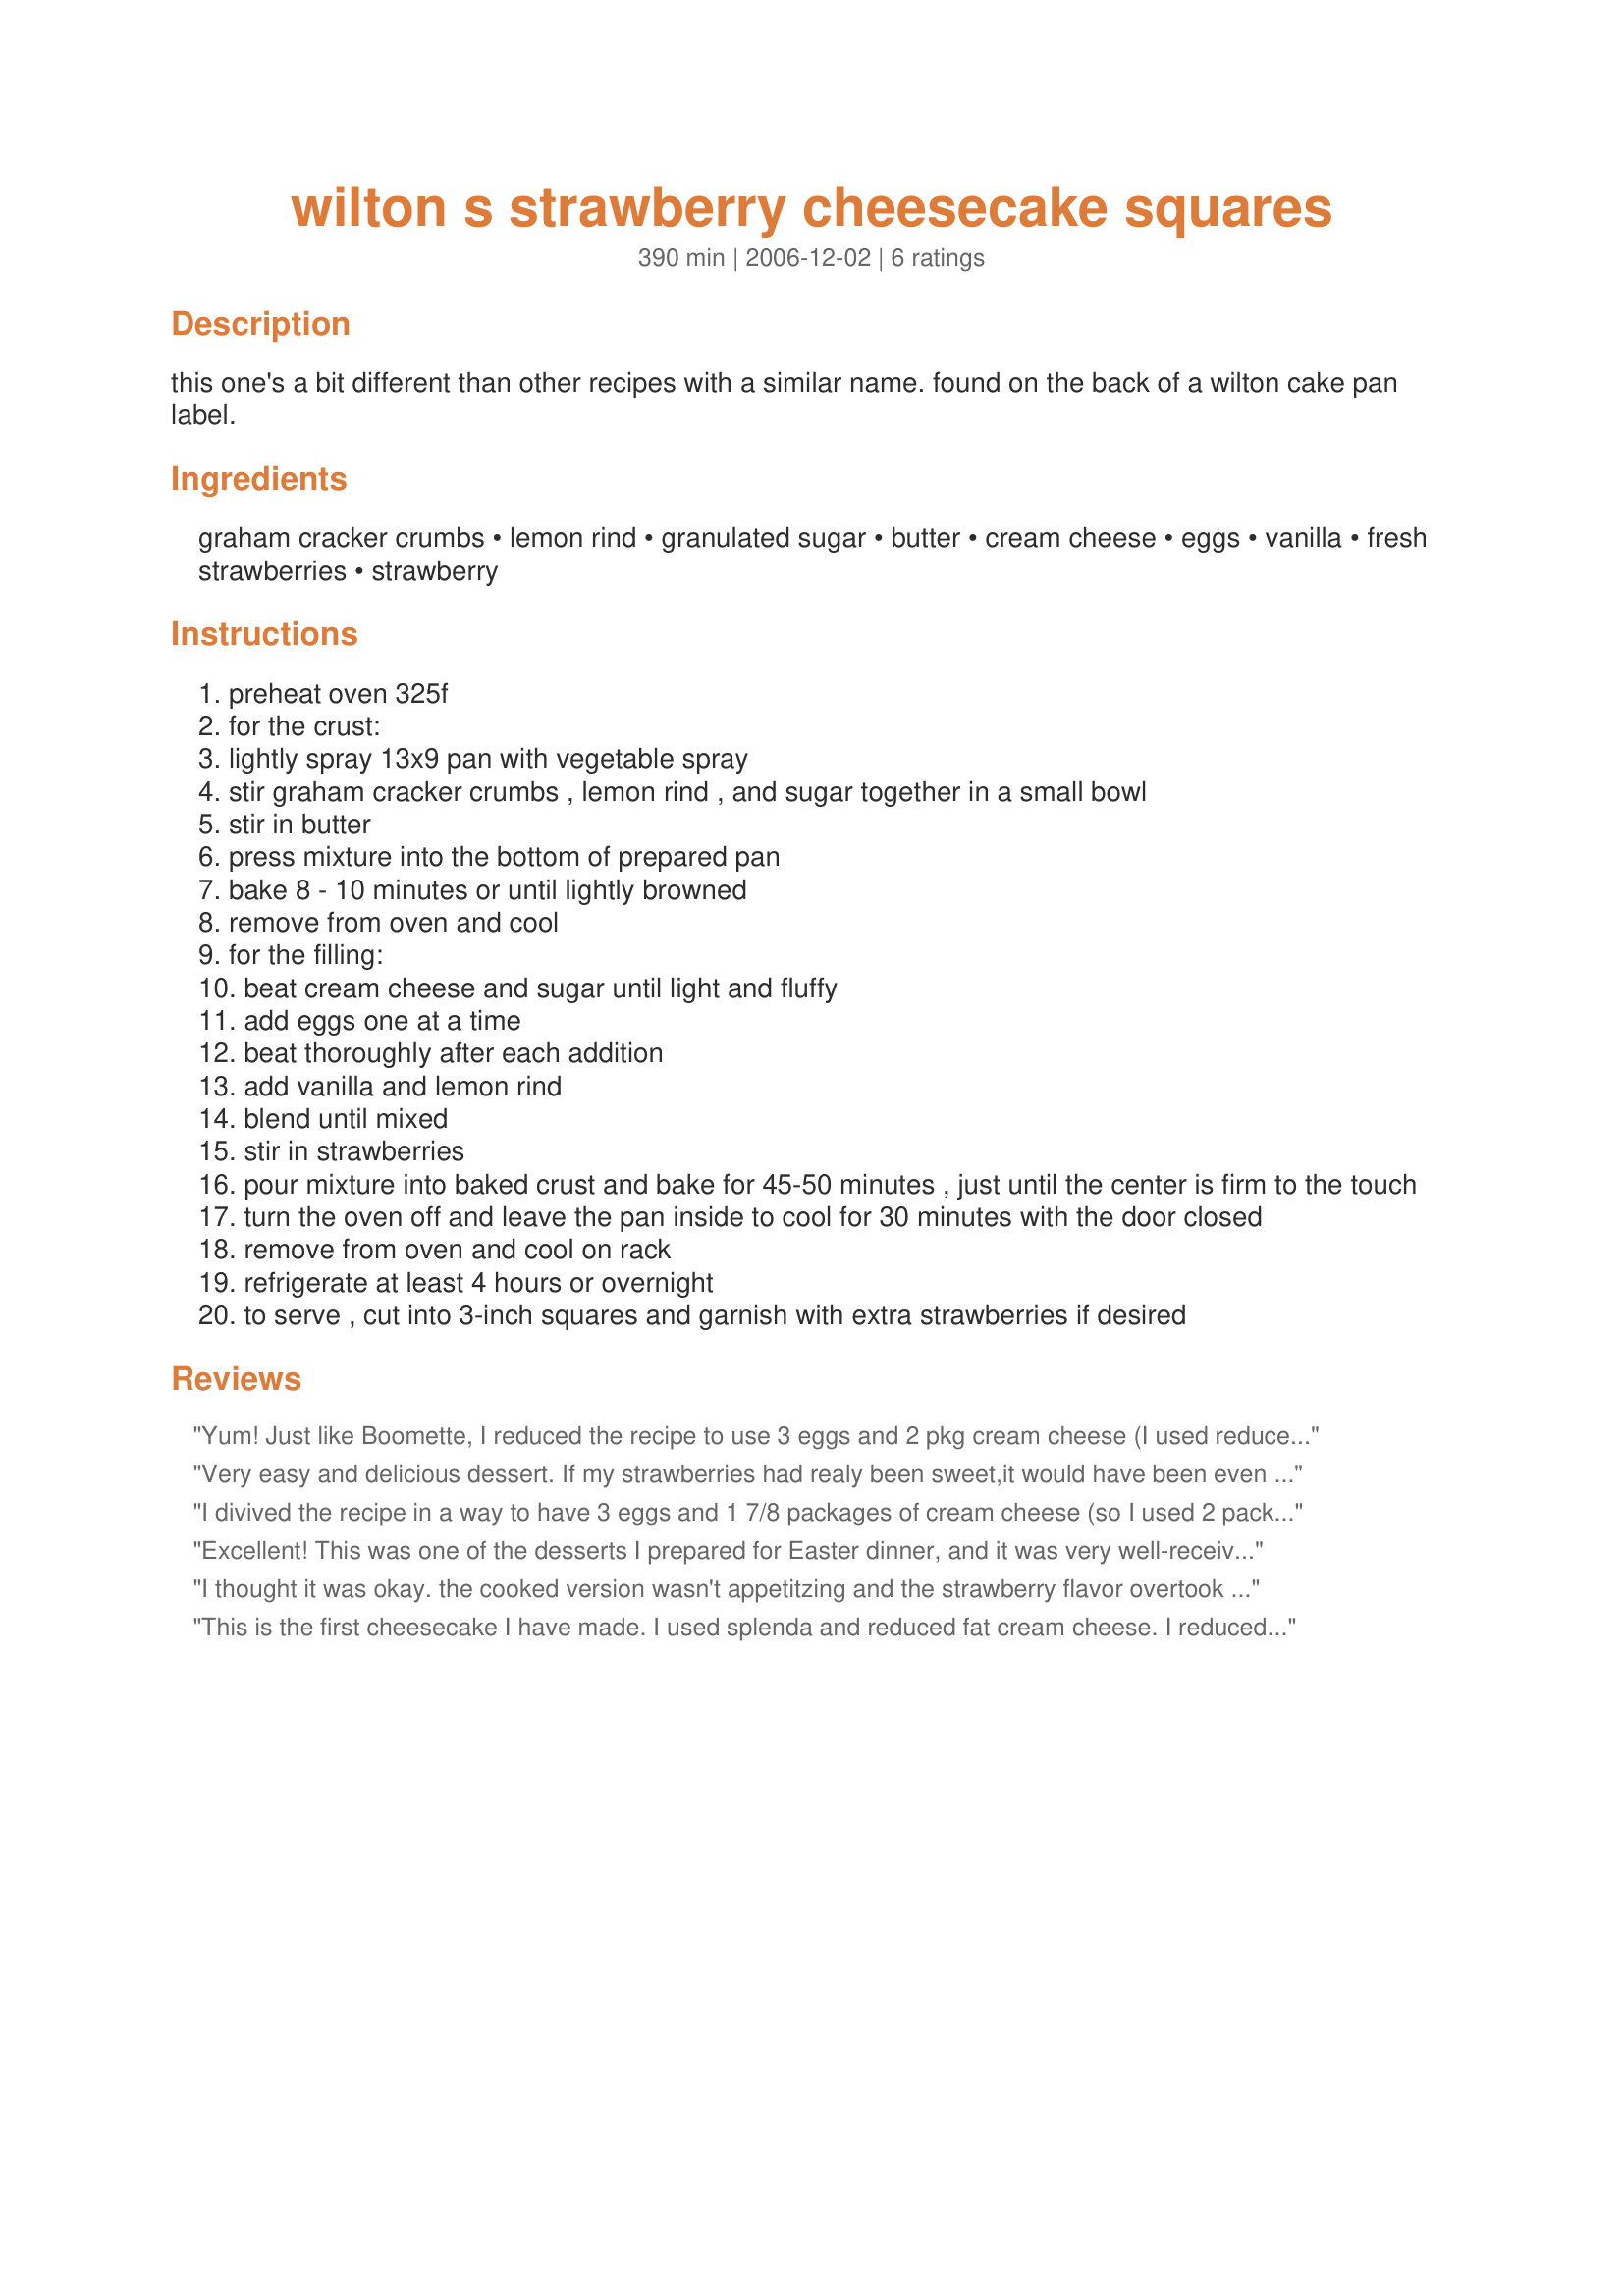
wilton s strawberry cheesecake squares
Preparation time: 390 minutes

this one's a bit different than other recipes with a similar name. found on the back of a wilton cake pan label.

Ingredients:
graham cracker crumbs, lemon rind, granulated sugar, butter, cream cheese, eggs, vanilla, fresh strawberries, strawberry

Steps:
preheat oven 325f
for the crust:
lightly spray 13x9 pan with vegetable spray
stir graham cracker crumbs , lemon rind , and sugar together in a small bowl
stir in butter
press mixture into the bottom of prepared pan
bake 8 - 10 minutes or until lightly browned
remove from oven and cool
for the filling:
beat cream cheese and sugar until light and fluffy
add eggs one at a time
beat thoroughly after each addition
add vanilla and lemon rind
blend until mixed
stir in strawberries
pour mixture into baked crust and bake for 45-50 minutes , just until the center is firm to the touch
turn the oven off and leave the pan inside to cool for 30 minutes with the door closed
remove from oven and cool on rack
refrigerate at least 4 hours or overnight
to serve , cut into 3-inch squares and garnish with extra strawberries if desired

Reviews:
Yum! Just like Boomette, I reduced the recipe to use 3 eggs and 2 pkg cream cheese (I used reduced fat). Also, I didn't have any lemons, so I used half lime and 1/2 orange zest. I really liked the fresh strawberries inside the filling. Thank you for posting! Made for Spring '09 PAC.
Very easy and delicious dessert. If my strawberries had realy been sweet,it would have been even more enjoyable.I think this would also be great with a chocolate or gingersnap crust.
I divived the recipe in a way to have 3 eggs and 1 7/8 packages of cream cheese (so I used 2 packages). I used frozen strawberries, thawed. I loved this. I will make it again with fresh strawberries. Thanks Renegade Chef. Made for PAC Spring 2008
Excellent! This was one of the desserts I prepared for Easter dinner, and it was very well-received. I used reduced-fat cream cheese and fresh strawberries. Great dessert--thanks for posting!
I thought it was okay. the cooked version wasn't appetitzing and the strawberry flavor overtook the cheesecake.

The kids in class liked them a lot fhough.
This is the first cheesecake I have made. I used splenda and reduced fat cream cheese. I reduced recipe to 6 servings and made a 9X9 pan instead of the 12X9.

YUM!!
